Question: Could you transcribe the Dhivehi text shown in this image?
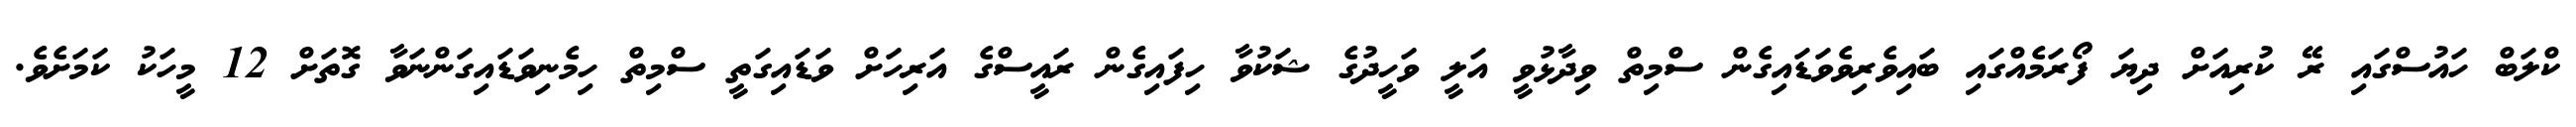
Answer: ކްލަބް ހައުސްގައި ރޭ ކުރިއަށް ދިޔަ ފޯރަމެއްގައި ބައިވެރިވެވަޑައިގެން ސްމިތް ވިދާޅުވީ އަލީ ވަހީދުގެ ޝަކުވާ ހިފައިގެން ރައީސްގެ އަރިހަށް ވަޑައިގަތީ ސްމިތް ހިމެނިވަޑައިގަންނަވާ ގޮތަށް 12 މީހަކު ކަމަށެވެ.